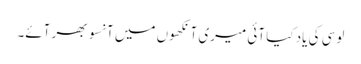
لوسی کی یاد کیا آئی میری آنکھوں میں آنسو بھر آئے۔